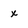
Character: x